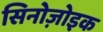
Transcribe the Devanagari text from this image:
सिनोज़ोइक